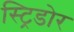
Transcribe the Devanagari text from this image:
स्ट्रिडोर